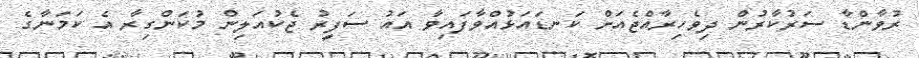
ރުވާންޑާ ސަރުކާރުން ދިވެހިރާއްޖެއަށް ކަނޑައަޅުއްވާފައިވާ އައު ސަފީރު ޖެކުއަލިން މުކަންގިރާ އެ ކަމަނާގެ